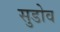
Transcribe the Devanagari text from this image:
सुडोव